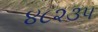
૪૮૨૩૫